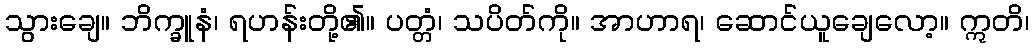
သွားချေ။ ဘိက္ခူနံ၊ ရဟန်းတို့၏။ ပတ္တံ၊ သပိတ်ကို။ အာဟာရ၊ ဆောင်ယူချေလော့။ ဣတိ၊